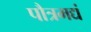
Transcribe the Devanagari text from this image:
पौत्रमद्यं